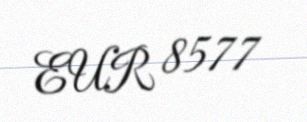
EUR 8577